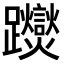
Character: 𨇾